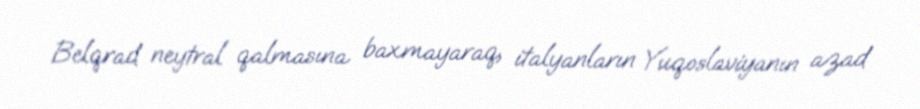
Belqrad neytral qalmasına baxmayaraq, italyanların Yuqoslaviyanın azad